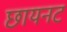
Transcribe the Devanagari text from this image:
छायनट